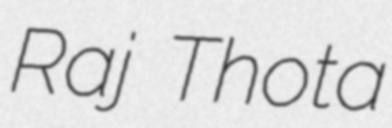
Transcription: Raj Thota